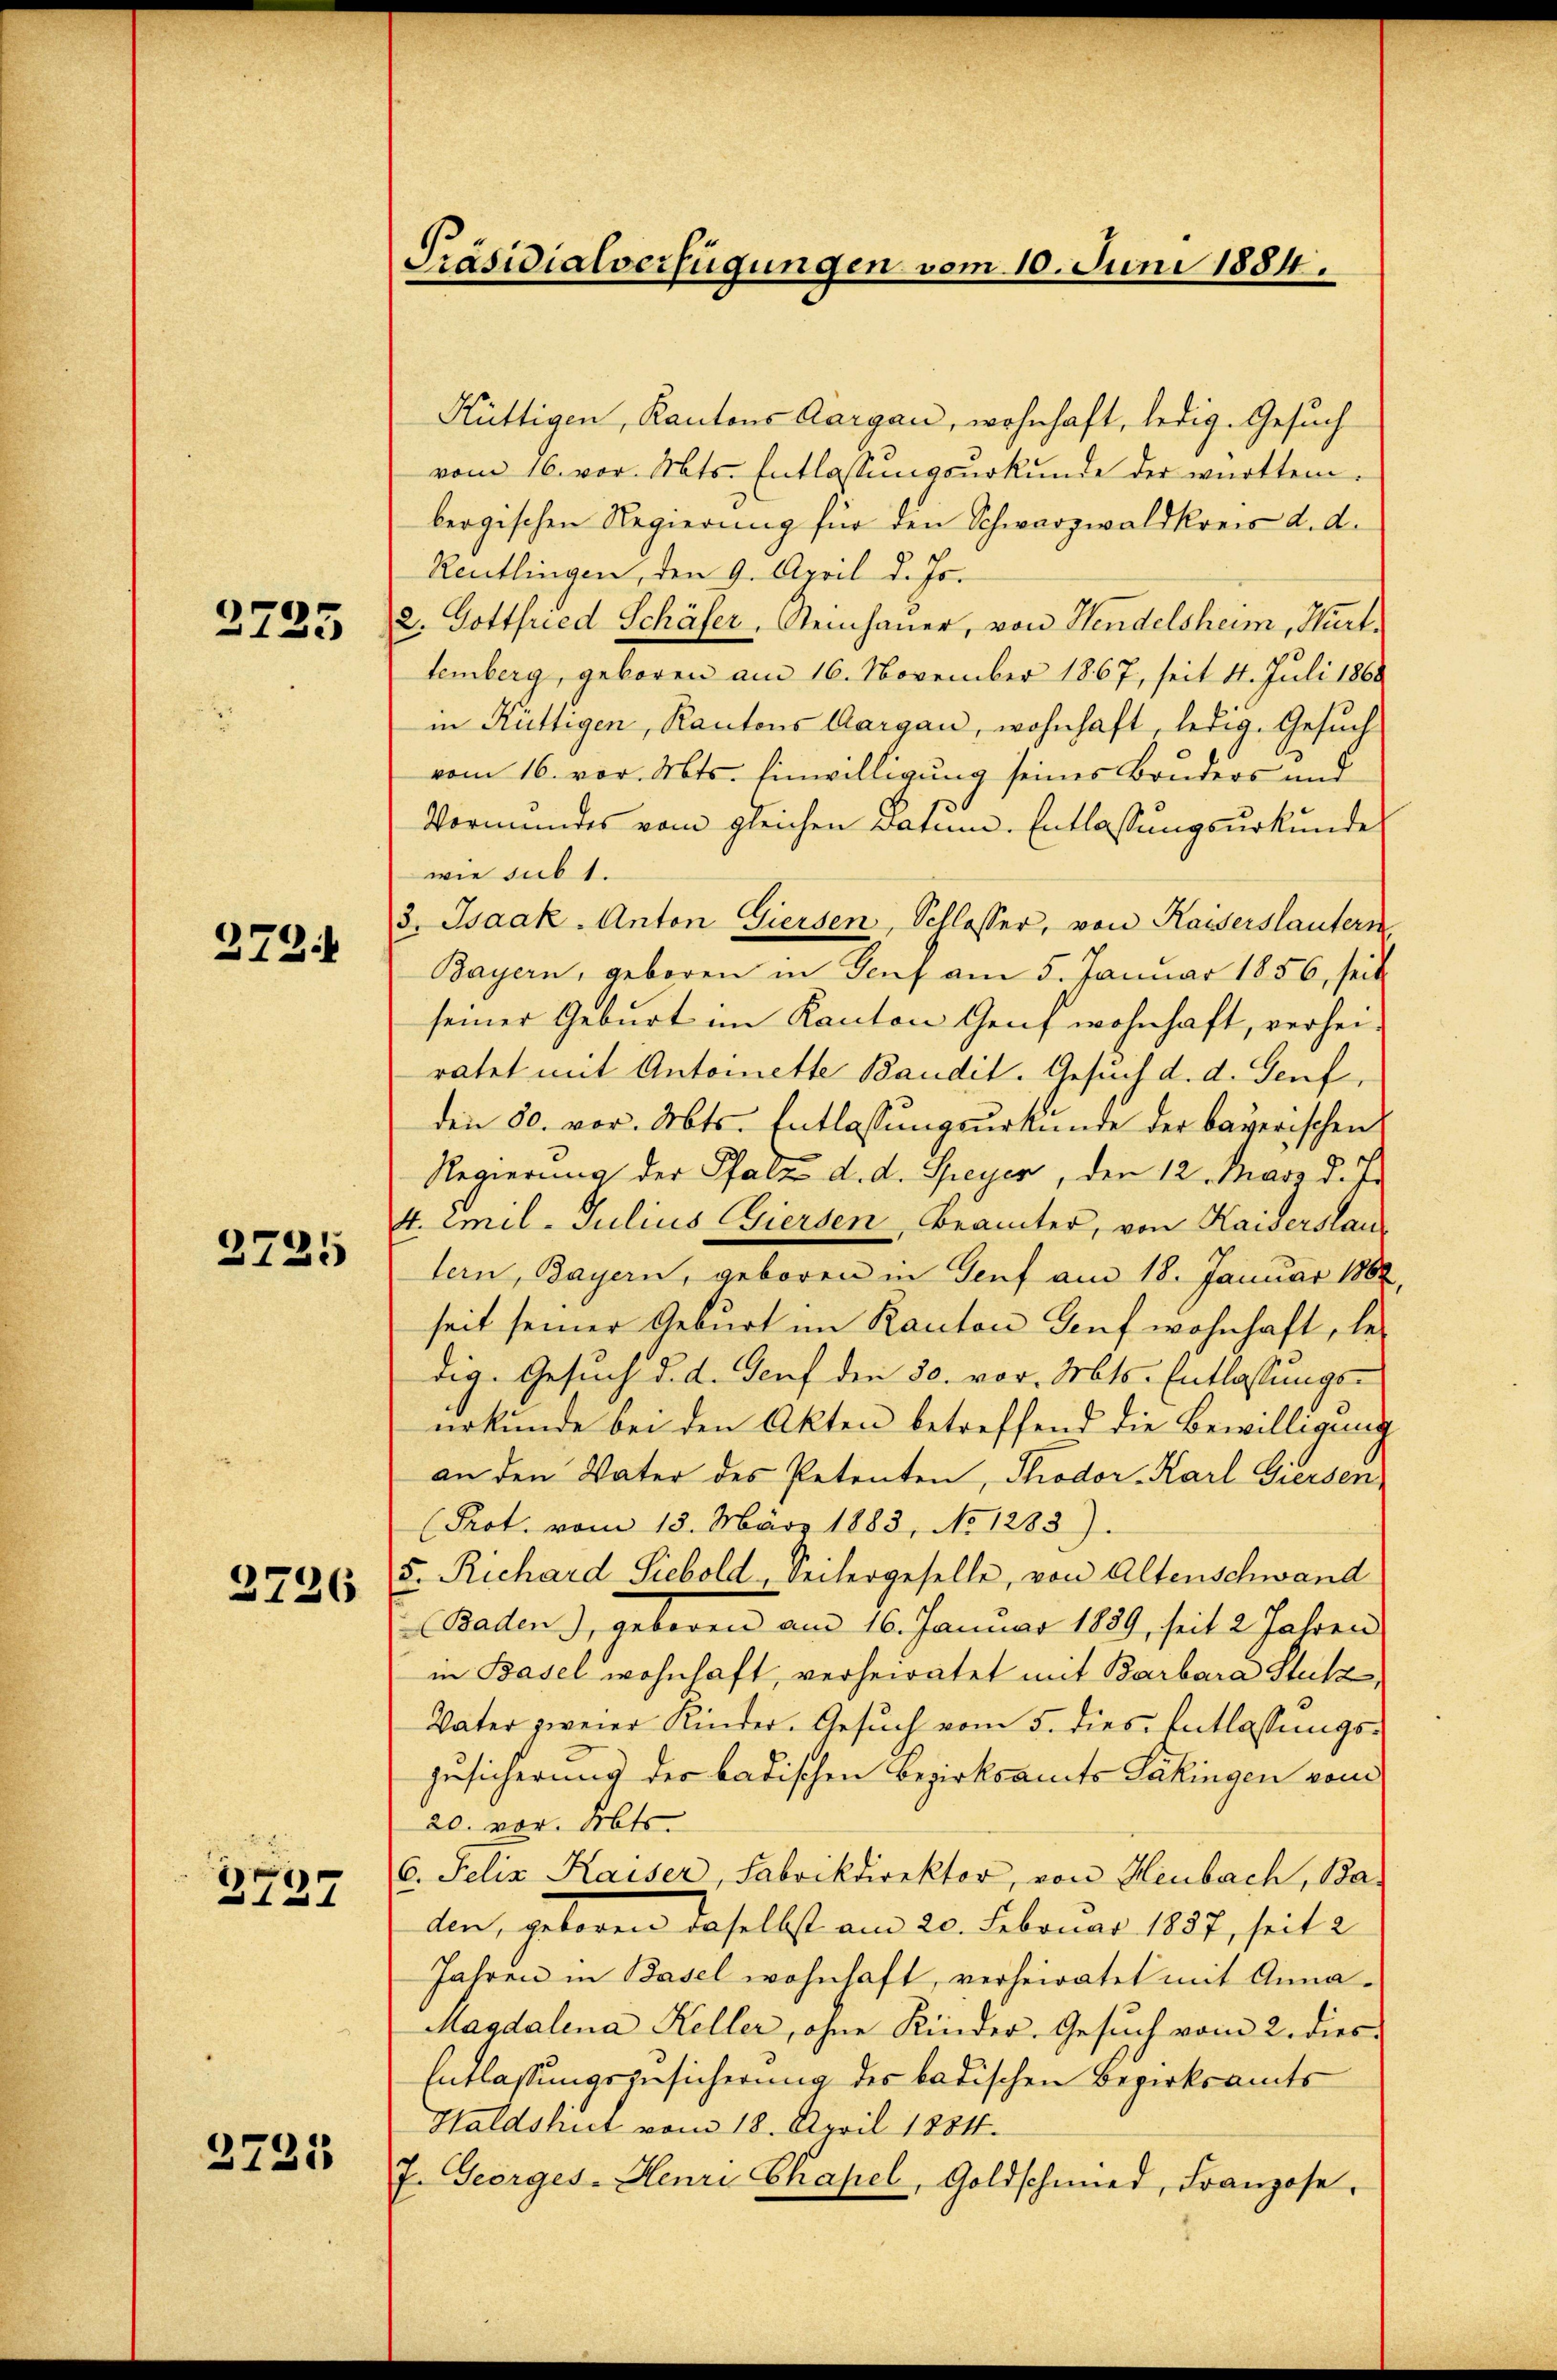
2735

272.

2725

2736

3737

2725

Präsidialverfügungen vom 10. Juni 1884.

Hüttigen, Kantons Aargau, wohnhaft, ledig. Gesuch
vom 16. vor. Mts. Entlassungsurkunde der württem.
beogischen Regierung für den Schwarzwaldkreis d. d.
Reutlingen, den 9. April d. Js.
2. Gottfried Schäfer, Steinhauer, von Hendelsheim, Mart.
temberg, geboren am 16. November 1867, seit 4. Juli 1868
in Rüttigen, Kantons Aargau, wohnhaft, ledig. Gesuch
vom 16. vor. Mts. Einwilligung seines Bruders und
Vormundes vom gleichen Datum. Entlassungsurkunde
wie sub 1.
3. Isaak. Anton Giersen, Schlosser, von Kaiserstautern
Bayern, geboren in Genf am 5. Januar 1856, seit
seiner Geburt im Kanton Genf wohnhaft, verhei-
ratet mit Antonette Baudit. Gesuch d. d. Genf,
den 80. vor. Abts. Entlassungsurkunde der bayerischen
Regierung der Pfalz d. d. Speyer, den 12. März d. J.
4. Emil Julius Giersen, Beamter, von Kaiserstau
tern, Bayern, geboren in Genf am 18. Januar 1882
seit seiner Geburt im Kanton Genf wohnhaft, ledig. Gesuch d. d. Senf den 30. vor. Mts. Entlassungs-
urkunde bei den Akten betreffend die Bewilligung
an den Vater des Petenten, Thodor-Karl Giersen
(Prot. vom 13. März 1883, No 1283).
5. Richard Siebold, Seitergeselle, von Altenschwand
 Baden), geboren am 16. Januar 1839, seit 2 Jahren
in Basel wohnhaft, verheiratet mit Barbara Stutz,
Vater zweier Kinder. Gesuch vom 5. dies Entlassungs¬
Zusicherung der badischen Bezirksamts Pakingen vom
20. vor. Mts.
C. Felix Kaiser, Fabrikdirektor, von Heubach, Ba-
den, gebogen daselbst am 20. Februar 1887, seit 2
Jahren in Basel wohnhaft, verheiratet mit Anna¬
Magdalena Keller, ohne Kinder-Gesuch vom 2. dies
Entlassungszusicherung des badischen Bezirksamts¬
Haldshiet vom 18. April 1884.
J. Georges. Henri Chapel, Goldschmied, Franzose,